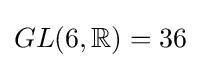
GL(6,\mathbb {R} )=36